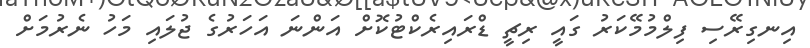
އިނގިރޭސި ފިލްމުމޭކަރު ގައީ ރިޗީ ޑްރައިރެކްޓުކޮށް އަންނަ އަހަރުގެ ޖުލައި މަހު ނެރުމަށް